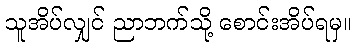
သူအိပ်လျှင် ညာဘက်သို့ စောင်းအိပ်ရမှ။